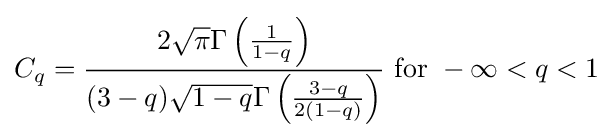
C_{q}={{2{\sqrt {\pi }}\Gamma \left({1 \over 1-q}\right)} \over {(3-q){\sqrt {1-q}}\Gamma \left({3-q \over 2(1-q)}\right)}}{\text{ for }}-\infty <q<1